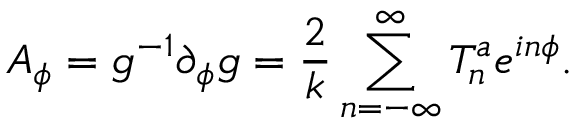
A _ { \phi } = g ^ { - 1 } \partial _ { \phi } g = \frac { 2 } { k } \sum _ { n = - \infty } ^ { \infty } T _ { n } ^ { a } e ^ { i n \phi } .